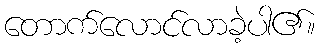
တောက်လောင်လာခဲ့ပါ၏။